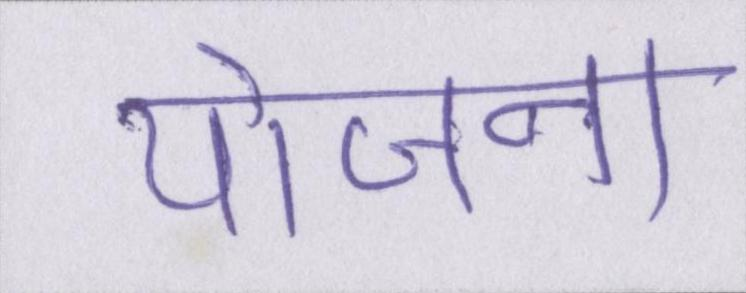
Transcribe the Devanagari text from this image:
योजना